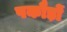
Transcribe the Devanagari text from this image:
पकौड़ों